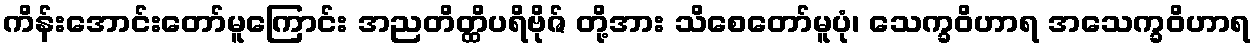
ကိန်းအောင်းတော်မူကြောင်း အညတိတ္ထိပရိဗိုဇ် တို့အား သိစေတော်မူပုံ၊ သေက္ခဝိဟာရ အသေက္ခဝိဟာရ